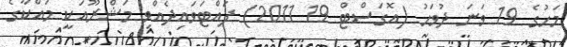
މަހުގެ 19 ވަނަ ދުވަހު (އޮގަސްޓް 19 2011) ފައްޓަވައިދެއްވި މަޝްރޫއަކީ މައްކާގެ